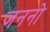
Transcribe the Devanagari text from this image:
जननो